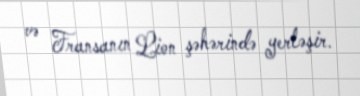
və Fransanın Lion şəhərində yerləşir.